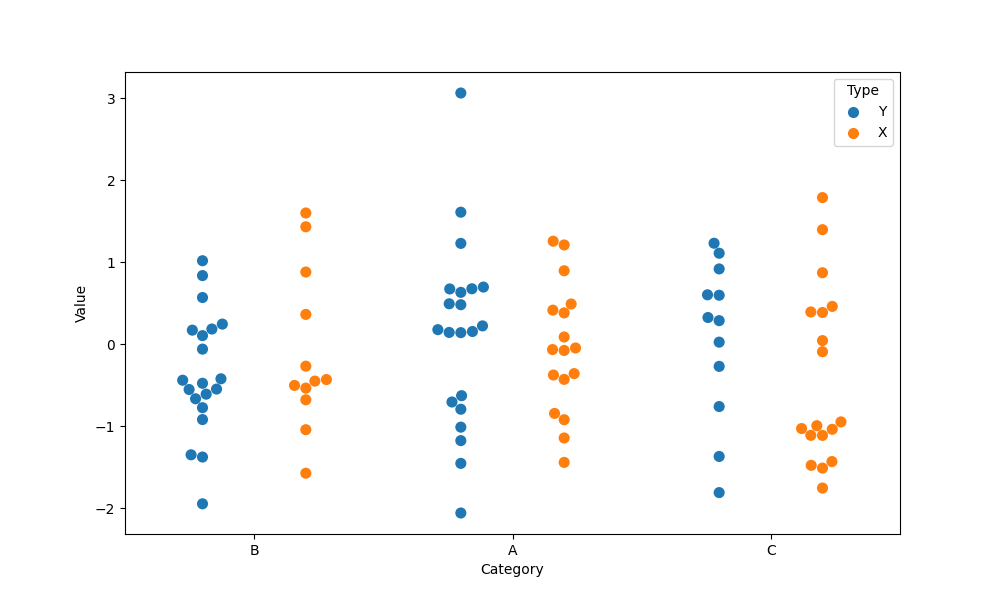
python, seaborn, swarmplot, dodge=True, alpha=1.0, size=8